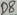
Text: D8